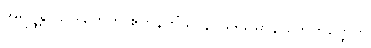
အရိဋ္ဌန္တိ ဩဒါတေဟိ ဧကူနတိံသ နဝမဒသမာနိ ဟေတွတ္ထေတိ